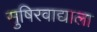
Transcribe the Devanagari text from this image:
सुषिरवाद्याला